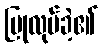
ပြုလုပ်ခဲ့၏